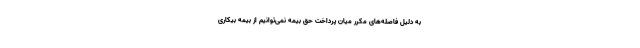
به دلیل فاصله‌های مکرر میان پرداخت حق بیمه نمی‌توانیم از بیمه بیکاری